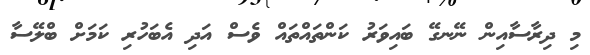
މި ދިރާސާއިން ނޭނގޭ ބައިވަރު ކަންތައްތައް ވެސް އަދި އެބަހުރި ކަމަށް ބްލޭސާ